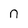
Character: n